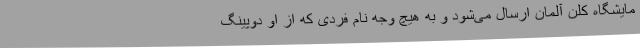
مایشگاه کلن آلمان ارسال می‌شود و به هیچ وجه نام فردی که از او دوپینگ